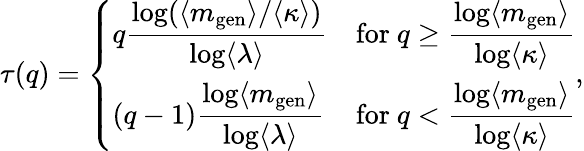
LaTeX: \tau(q)=\left\{ \begin{array}{ll}{q\displaystyle\frac{\log(\langle m_{\mathrm{gen}}\rangle/\langle\kappa\rangle)}{\log\langle\lambda\rangle}}&{\mathrm{for~}q\ge\displaystyle\frac{\log\langle m_{\mathrm{gen}}\rangle}{\log\langle\kappa\rangle}}\\ {(q-1)\displaystyle\frac{\log\langle m_{\mathrm{gen}}\rangle}{\log\langle\lambda\rangle}}&{\mathrm{for~}q<\displaystyle\frac{\log\langle m_{\mathrm{gen}}\rangle}{\log\langle\kappa\rangle}}\end{array}\right.,